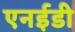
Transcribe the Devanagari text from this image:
एनईडी